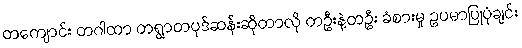
တကျောင်း တဂါထာ တရွာတပုဒ်ဆန်းဆိုတာလို တဦးနဲ့တဦး ခံစားမှု ဥပမာပြုပုံချင်း